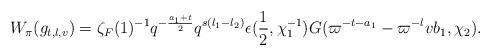
LaTeX: \begin{align*}W_{\pi}(g_{t,l,v}) = \zeta_F(1)^{-1} q^{-\frac{a_1+t}{2}} q^{s(l_1-l_2)} \epsilon(\frac{1}{2},\chi_1^{-1}) G(\varpi^{-t-a_1}-\varpi^{-l}vb_1, \chi_2). \end{align*}